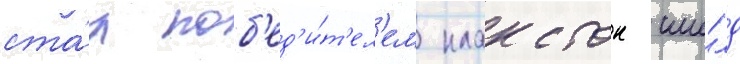
ста́л поб'ед'и́т'ел'ем клакстон ши́лд